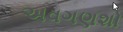
અવગણશો